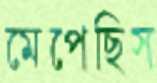
মেপেছিস